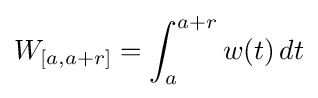
W_{[a,a+r]}=\int _{a}^{a+r}w(t)\,dt